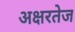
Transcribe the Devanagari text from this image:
अक्षरतेज